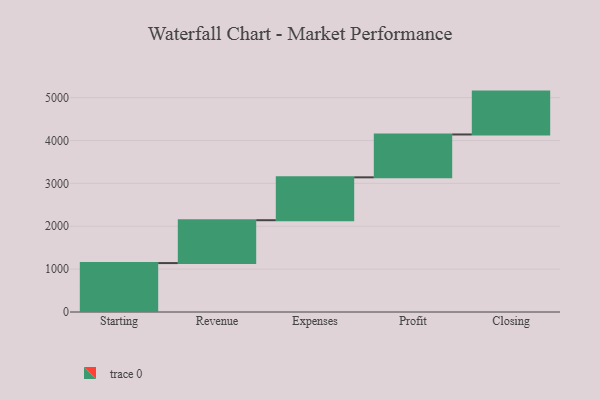
{"axis": {"x": "Step", "y": "Value"}, "legend": [""], "data": [{"x": "Starting", "y": 1141.0, "type": ""}, {"x": "Revenue", "y": 1000, "type": ""}, {"x": "Expenses", "y": 1000, "type": ""}, {"x": "Profit", "y": 1000, "type": ""}, {"x": "Closing", "y": 1000, "type": ""}]}